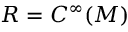
R = C ^ { \infty } ( M )